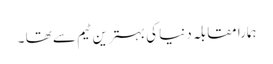
ہمارا مقابلہ دنیا کی بہترین ٹیم سے تھا ۔